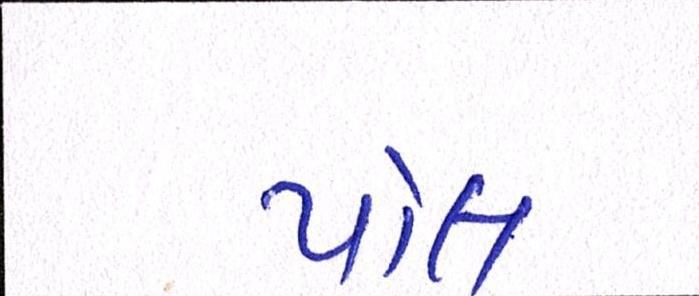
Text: પોલ